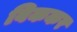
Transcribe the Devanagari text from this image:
बिककर